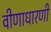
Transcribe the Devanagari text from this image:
वीणाधारणी